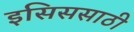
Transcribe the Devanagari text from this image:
इसिससाठी